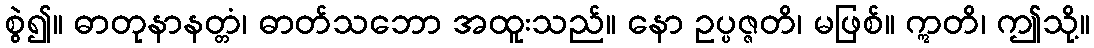
စွဲ၍။ ဓာတုနာနတ္တံ၊ ဓာတ်သဘော အထူးသည်။ နော ဥပ္ပဇ္ဇတိ၊ မဖြစ်။ ဣတိ၊ ဤသို့။